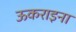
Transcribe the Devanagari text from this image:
ऊकराइना